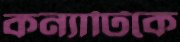
কন্যাটিকে